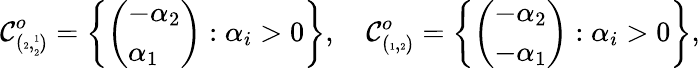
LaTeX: \mathcal{C}_{({\tiny\begin{array}{c}{2}\end{array}},{\tiny{\begin{array}{cc}{1}\\ {2}\end{array}}})}^{o}=\left\{ \left(\begin{array}{l}{-\alpha_{2}}\\ {\alpha_{1}}\end{array}\right):\alpha_{i}>0\right\} ,\quad\mathcal{C}_{({\tiny\begin{array}{c}{1}\end{array}},{\tiny\begin{array}{c}{2}\end{array}})}^{o}=\left\{ \left(\begin{array}{l}{-\alpha_{2}}\\ {-\alpha_{1}}\end{array}\right):\alpha_{i}>0\right\} ,